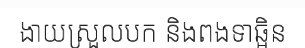
ងាយស្រួលបក និងពងទាឆ្អិន